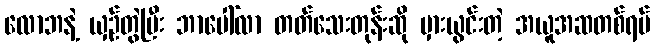
လောဘနဲ့ ယှဉ်တွဲပြီး ဘာပေါ်လာ တတ်သေးတုန်းဆို မှားယွင်းတဲ့ အယူအဆတစ်ရပ်